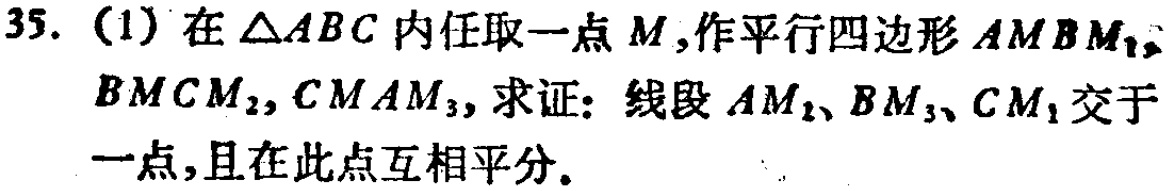
35. (1) 在\(\triangle ABC\)内任取一点\(M\),作平行四边形\(AMBM_1\), \(BMCM_2\), \(CMAM_3\), 求证：线段\(AM_2\)、\(BM_3\)、\(CM_1\)交于一点,且在此点互相平分。